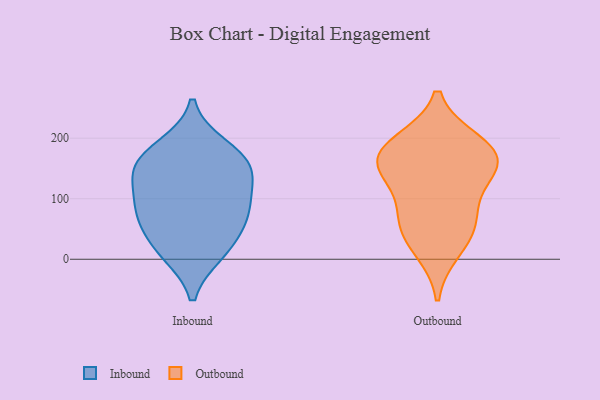
{"axis": {"x": "Market Share (%)", "y": "Value"}, "legend": ["Inbound", "Outbound"], "data": [{"x": "", "y": 140, "type": "Inbound"}, {"x": "", "y": 164, "type": "Inbound"}, {"x": "", "y": 161, "type": "Inbound"}, {"x": "", "y": 16, "type": "Inbound"}, {"x": "", "y": 51, "type": "Inbound"}, {"x": "", "y": 137, "type": "Inbound"}, {"x": "", "y": 11, "type": "Inbound"}, {"x": "", "y": 79, "type": "Inbound"}, {"x": "", "y": 83, "type": "Inbound"}, {"x": "", "y": 90, "type": "Inbound"}, {"x": "", "y": 185, "type": "Inbound"}, {"x": "", "y": 52, "type": "Outbound"}, {"x": "", "y": 144, "type": "Outbound"}, {"x": "", "y": 189, "type": "Outbound"}, {"x": "", "y": 59, "type": "Outbound"}, {"x": "", "y": 159, "type": "Outbound"}, {"x": "", "y": 90, "type": "Outbound"}, {"x": "", "y": 168, "type": "Outbound"}, {"x": "", "y": 152, "type": "Outbound"}, {"x": "", "y": 193, "type": "Outbound"}, {"x": "", "y": 16, "type": "Outbound"}]}